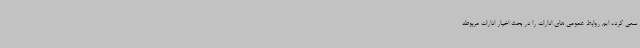
سعی کرده ایم روابط عمومی های ادارات را در بحث اخبار ادارات مربوطه